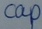
Text: cap